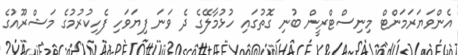
އެންވަޔަރަމަންޓް މިނިސްޓްރީން ބުނި ގޮތުގައި ހުޅުމާލޭގެ ދެ ވަނަ ފިޔަަވަހި ފެހިކުރުމުގެ މަޝްރޫއުގެ